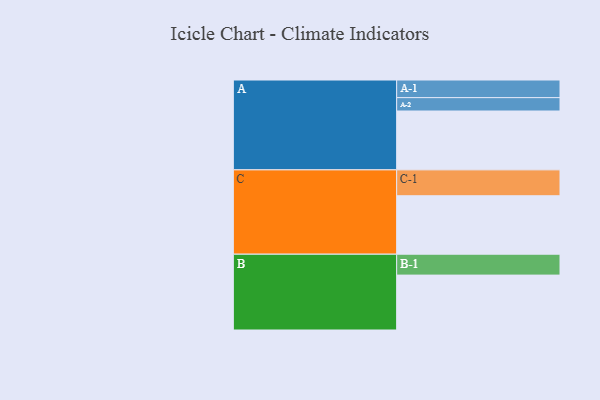
{"axis": {"x": "Segment", "y": "Value"}, "legend": ["", "A", "B", "C"], "data": [{"x": "A", "y": 414, "type": ""}, {"x": "B", "y": 386, "type": ""}, {"x": "C", "y": 411, "type": ""}, {"x": "A-1", "y": 124, "type": "A"}, {"x": "A-2", "y": 94, "type": "A"}, {"x": "B-1", "y": 147, "type": "B"}, {"x": "C-1", "y": 182, "type": "C"}]}